Lunatic asylums Punjab 1881-1894 - 1881-1894
Year: 1881
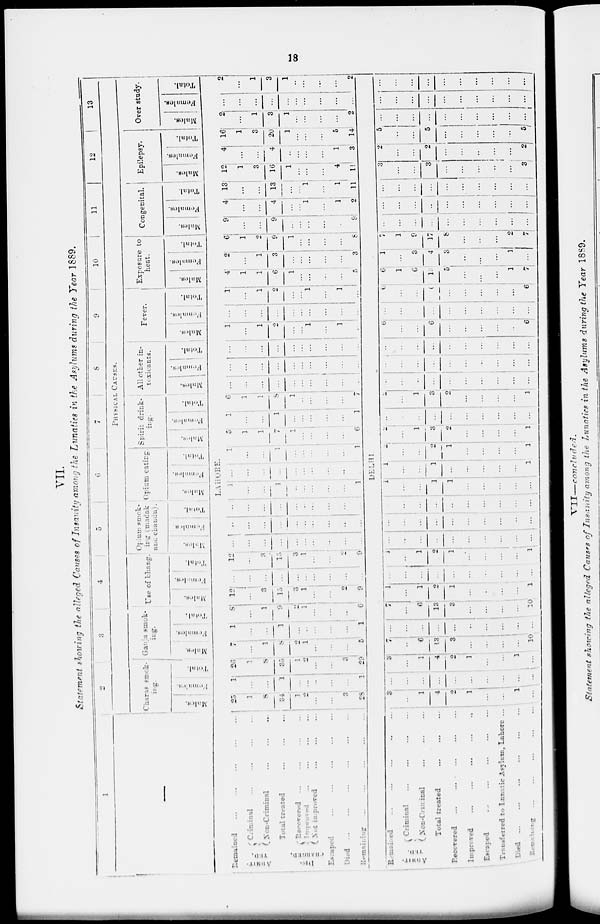
18
VII.
Statement showing the alleged Causes of Insanity among the Lunatics in the Asylums during the Year 1889.
1
—
Remained ... ... ... ... ...
ADMIT-
TED.
Criminal ... ... ... ... ...
Non-Criminal ... ... ... ... ...
Total treated
...
DIS-
CHARGED Recovered ... ... ... ... ...
Improved ... ... ... ... ...
Not improved ... ... ... ...
Escaped ... ... ... ... ...
Died
...
...
...
...
...
Remaining ... ... ... ... ...
Remained
ADMIT-
TED.
Criminal ... ... ... ... ...
Non-Criminal ... ... ... ... ...
Total treated ... ... ... ... ...
Recovered ... ... ... ... ...
Improved
...
....
...
..
Escaped
...
...
...
...
...
Transferred to Iunatic Asylum, Labore ...
Died
...
...
...
...
...
Remaining ... ... ... ... ...
2
3
4
5
6
7
8
9
10
11
12
13
PHYSICAL
CAUSES.
Charas smck-
ing.
Males.
Femal es.
Total.
Ganja smok-
ing.
Males.
Females.
Total.
Use of bhang.
Males.
Females.
Total.
Opium smok-
ing (madak
and chandu).
Males.
Females.
Total.
Opium eating.
Males.
Females
Total.
Spirit drink-
ing.
Males.
Females.
Total.
All other in-
toxicants.
Males.
Females.
Total.
Fever.
Males.
Females.
Total.
Exposure to
heat.
Males.
Females.
Total.
Congenital.
Males.
Females.
Total.
Epilepsy.
Males.
Females.
Total.
Over study.
Males.
Females.
Total.
LAHORE.
25
1
8
34
1
2
...
...
3
28
1
...
...
1
...
...
...
...
...
1
26
1
8
35
1
2
...
...
3
29
7
...
1
8
2
1
...
...
...
5
1
...
...
1
...
...
...
...
...
1
8
...
1
9
...
1
...
...
...
6
12
...
3
15
3
...
...
...
2
9
...
...
...
...
...
...
...
...
...
...
12
...
3
15
3
1
...
...
2
9
...
...
...
...
...
...
...
...
...
...
...
...
...
...
...
...
...
...
...
...
...
...
...
...
...
...
...
...
...
...
1
...
...
1
...
...
...
...
...
1
...
...
...
...
...
...
...
...
...
...
1
...
...
1
...
...
...
...
...
1
5
1
1
7
1
...
...
...
...
6
1
...
...
1
...
...
...
...
...
1
6
1
1
8
1
...
...
...
7
...
...
...
...
...
...
...
...
...
...
...
...
...
...
...
...
...
...
...
...
...
...
...
...
...
...
...
...
...
...
1
...
1
2
...
...
1
...
1
...
...
...
...
...
...
...
...
...
...
...
1
...
1
2
...
...
1
...
1
...
4
1
1
6
1
...
...
...
...
5
2
1
3
...
...
...
...
3
6
1
2
9
1
...
...
...
...
8
9
...
...
9
...
...
...
...
...
9
4
...
...
4
...
...
1
...
1
2
13
...
...
13
...
... ...
...
1
11
12
1
3
16
1
...
...
...
4
11
4
...
...
4
...
...
...
...
1
3
16
1
3
20
1
...
...
...
5
14
2
...
1
3
1
...
...
...
...
2
...
...
...
...
...
...
...
...
...
...
2
...
1
3
1
.. .
...
...
...
2
DELHI.
3
...
1
4
2
1
...
...
1
...
...
...
...
...
...
...
...
...
...
...
3
...
1
4
2
1
...
...
1
...
7
...
6
13
3
...
...
...
...
10
...
...
...
...
..
...
...
...
...
7
...
6
13
3
...
...
...
...
10
1
...
1
2
1
...
...
...
...
1
...
...
...
...
...
...
...
...
...
...
4
...
1
...
1
...
...
...
...
1
...
...
...
...
...
...
...
...
...
...
...
...
...
...
...
...
...
...
...
...
...
...
...
...
...
...
...
...
...
...
1
...
1
1
...
...
...
...
...
1
...
...
1
...
...
...
...
...
1
2
...
...
2
1
...
...
...
...
1
2
...
1
3
2
...
...
...
...
1
...
...
...
...
...
...
...
...
...
...
2
...
1
3
2
...
...
...
...
1
...
...
...
...
...
...
...
...
...
...
...
...
...
...
...
...
...
...
...
...
...
...
...
...
...
...
...
...
...
...
6
...
...
6
...
...
...
...
...
6
...
...
...
...
...
...
...
...
...
...
6
...
...
...
...
...
...
...
...
6
6
1
6
13
5
...
...
...
1
7
1
...
3
4
3
...
...
...
1
...
7
1
9
17
8
...
...
2
7
...
...
...
...
...
...
...
...
...
...
...
...
...
...
...
...
...
...
...
...
...
...
...
...
...
...
...
...
...
3
...
...
3
...
...
...
...
...
3
2
...
...
1
...
...
...
...
...
2
5
...
...
5
...
...
...
...
... 5
...
...
...
...
...
...
...
...
...
...
...
...
...
...
...
...
...
... ...
...
...
...
...
...
...
...
...
...
...
...